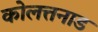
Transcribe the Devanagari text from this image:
कोलत्तनाड